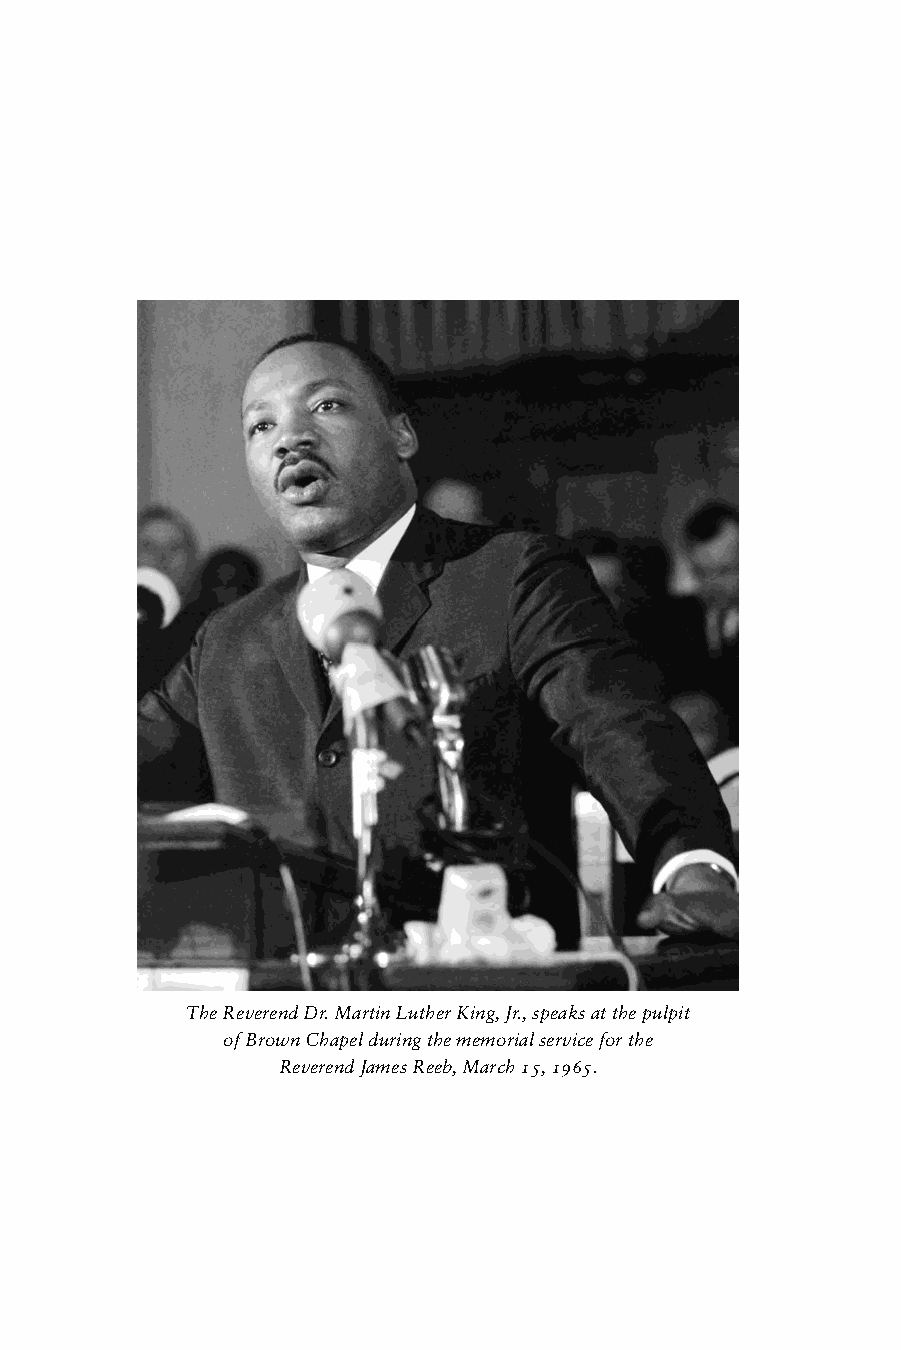
The Reverend Dr. Martin Luther King, Jr., speaks at the pulpit
 of Brown Chapel during the memorial service for the
 Reverend James Reeb, March 15, 1965.